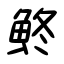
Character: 鮗